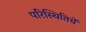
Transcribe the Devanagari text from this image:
परिस्थितियें